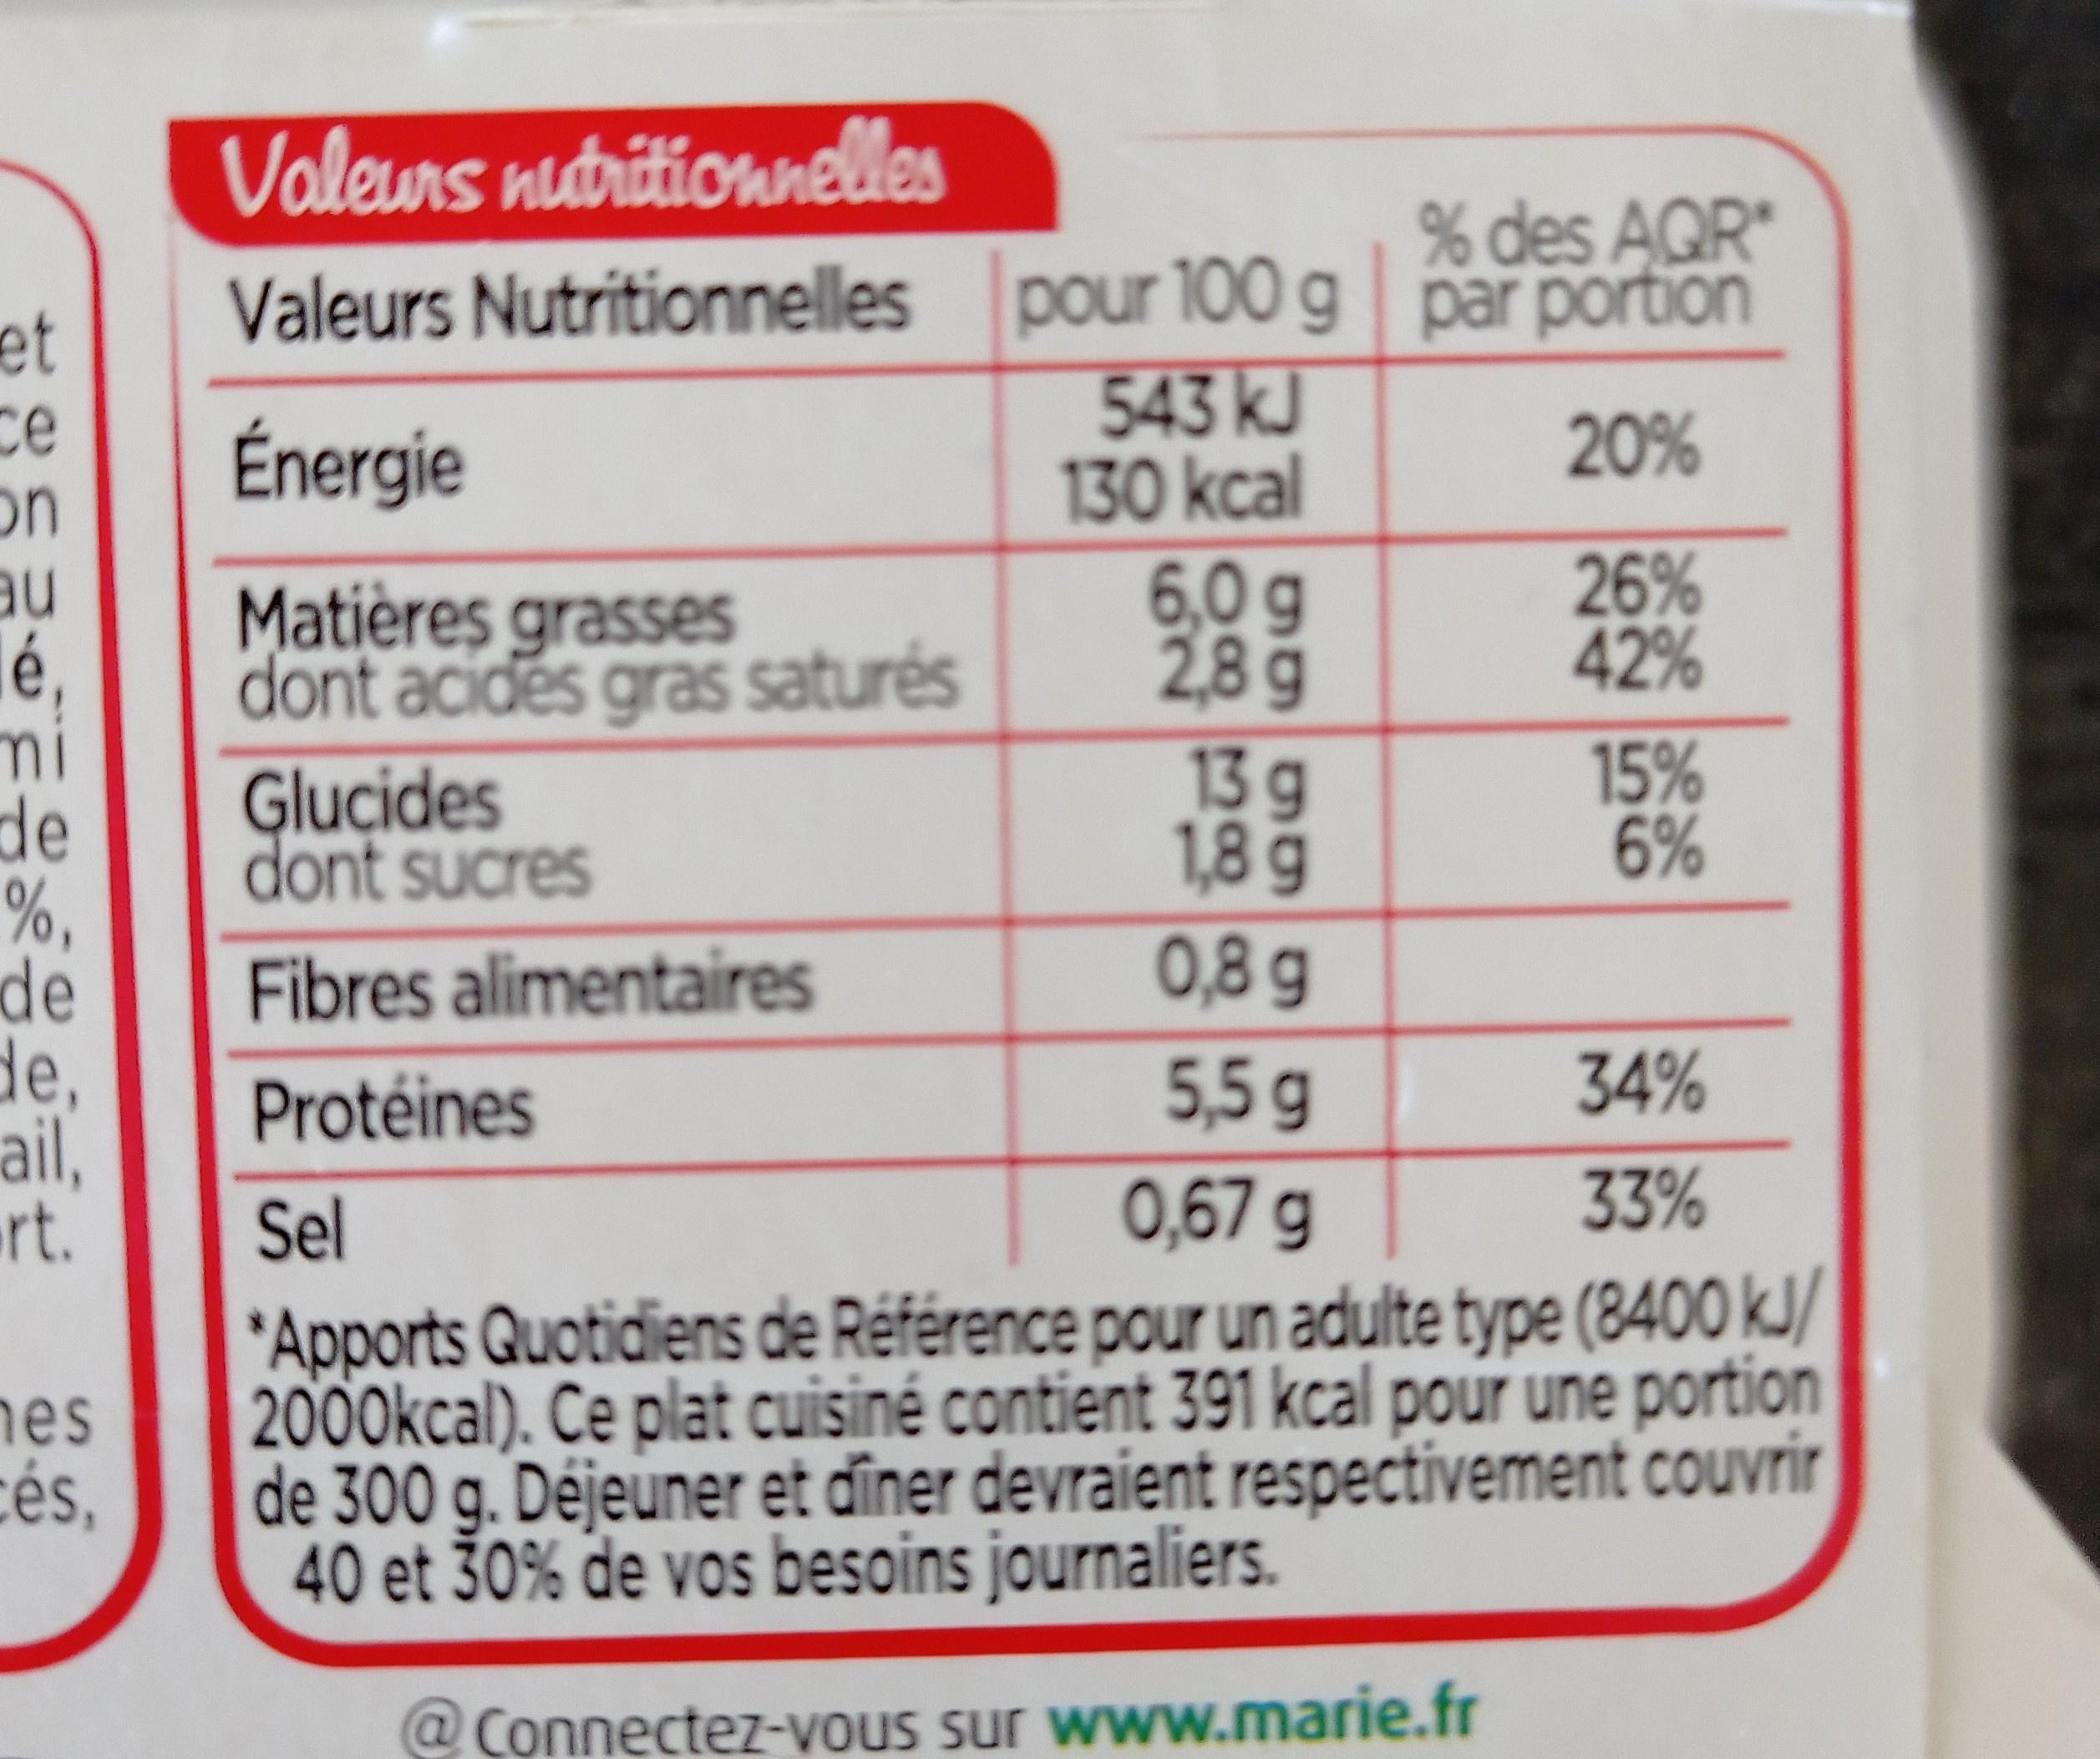
Valeuns nutritionnelles
% des AQR* Valeurs Nutritionnelles pour 100 g par portion
et
543 kJ 130 kcal 6,0g 2,8 g
ce on au é, mi de %, de de, ail, rt.
Énergie
20%
Matières grasses dont acides gras saturés
26% 42%
Glucides dont sucres
13 g 1,8g 0,8 g
15% 6%
Fibres alimentaires
Protéines
5,5 g
34%
Sel
0,67 g
33%
*Apports Quotidiens de Référence pour un adulte type (8400 kJ/ 2000kcal). Ce plat cuisiné contient 391 kcal pour une portion de 300 g. Déjeuner et dîner devraient respectivement coOuvrir 40 et 30% de vos besoins journaliers.
hes
cés,
@Connectez-vous sur www.marie.fr
966